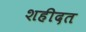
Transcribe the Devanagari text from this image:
शहीदत